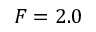
F = 2 . 0